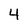
Character: 4